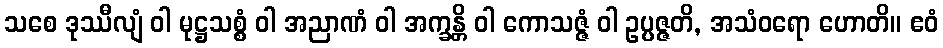
သစေ ဒုဿီလျံ ဝါ မုဋ္ဌသစ္စံ ဝါ အညာဏံ ဝါ အက္ခန္တိ ဝါ ကောသဇ္ဇံ ဝါ ဥပ္ပဇ္ဇတိ, အသံဝရော ဟောတိ။ ဧဝံ